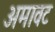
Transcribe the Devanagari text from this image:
अमावट